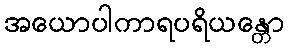
အယောပါကာရပရိယန္တော